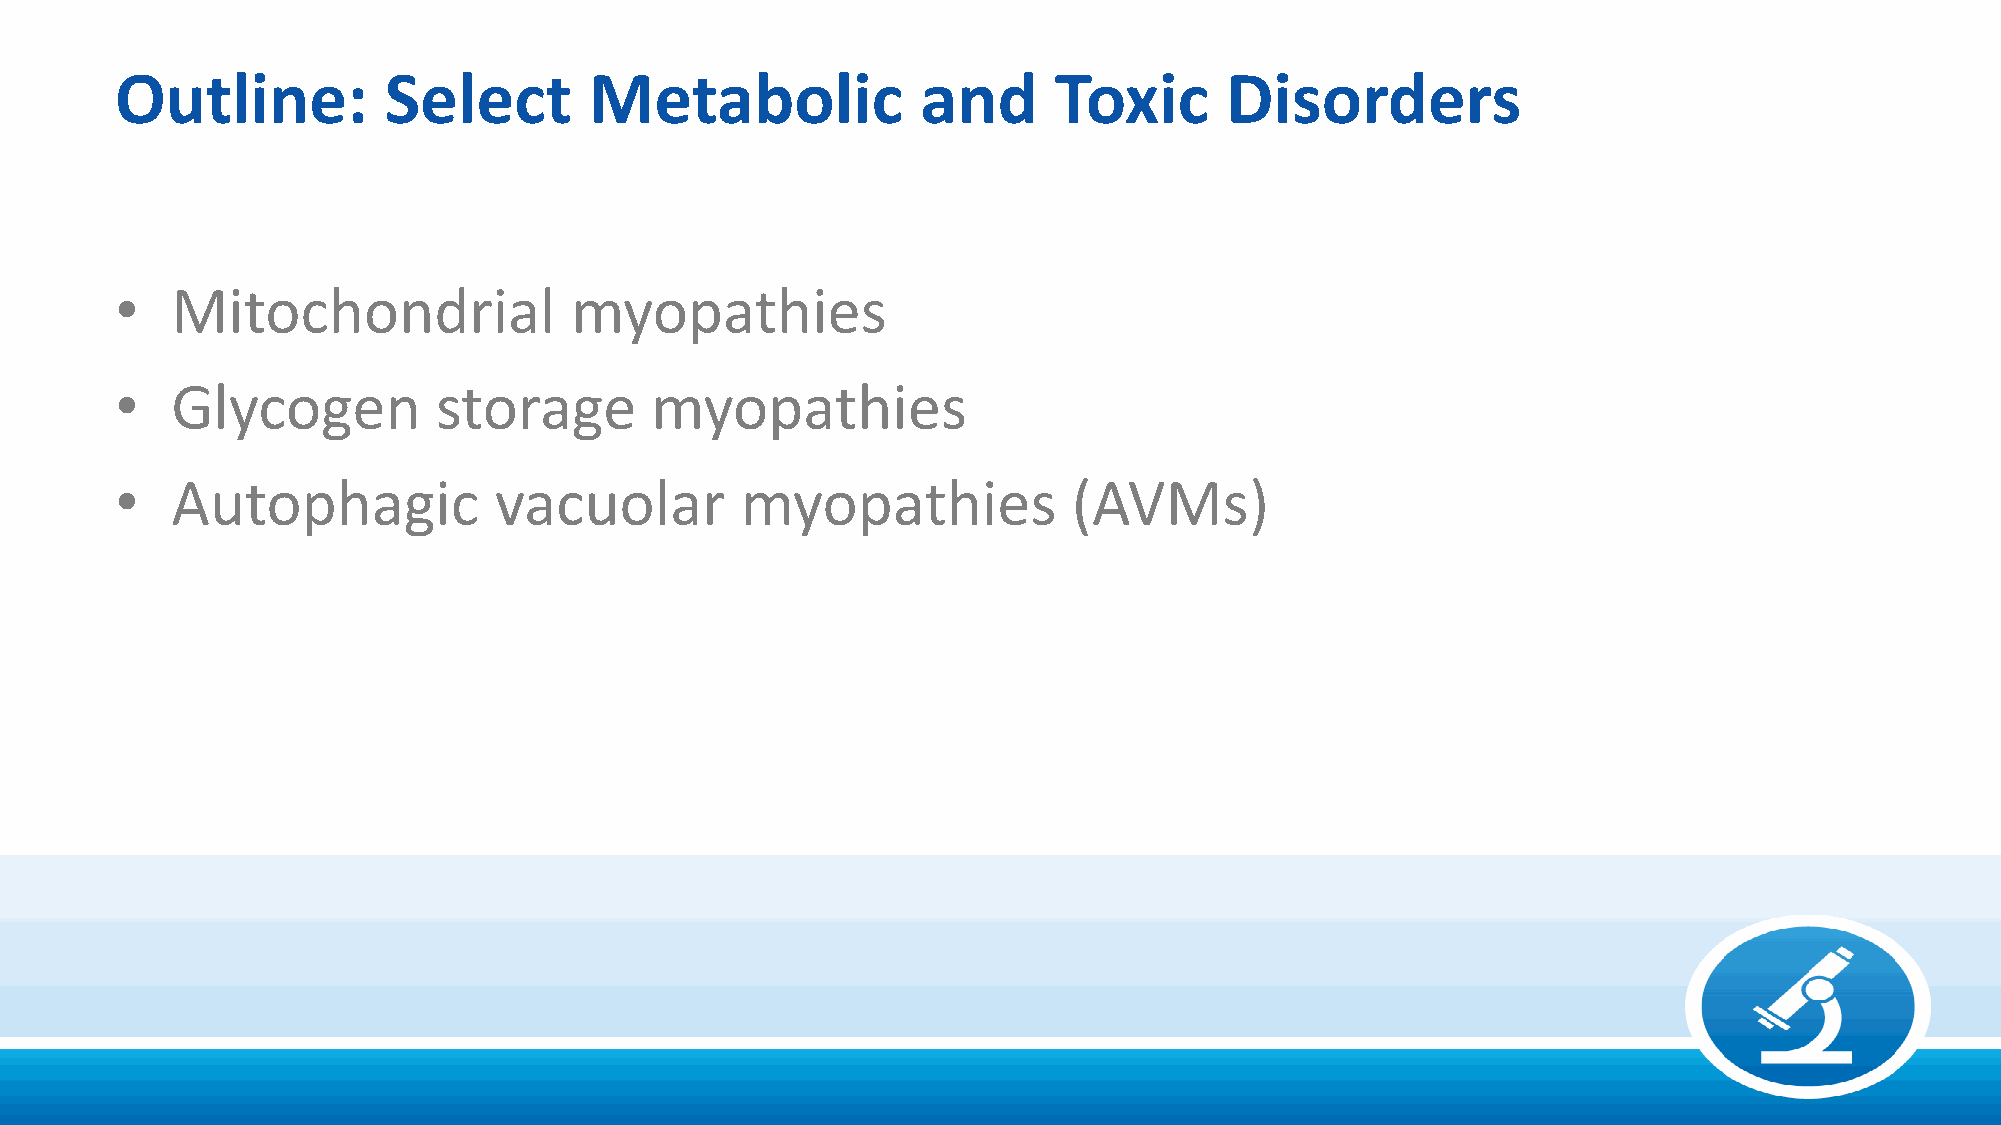
Outline:         Select        Metabolic             and      Toxic      Disorders
 •  Mitochondrial              myopathies
 •  Glycogen          storage       myopathies
 •  Autophagic            vacuolar        myopathies            (AVMs)